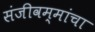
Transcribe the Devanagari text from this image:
संजीवम्मांचा